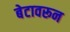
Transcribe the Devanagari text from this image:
बेटावरून